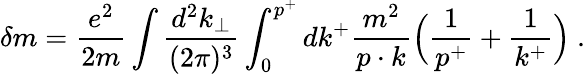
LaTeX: \delta m={\frac{e^{2}}{2m}}\int{\frac{d^{2}k_{\perp}}{(2\pi)^{3}}}\int_{0}^{p^{+}}dk^{+}{\frac{m^{2}}{p\cdot k}}\Big({\frac{1}{p^{+}}}+{\frac{1}{k^{+}}}\Big)\ .